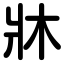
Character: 牀